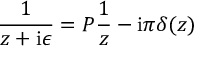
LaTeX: \frac { 1 } { z + \mathrm { i } \epsilon } = { \cal P } \frac { 1 } { z } - \mathrm { i } \pi \delta ( z )